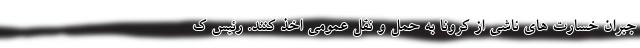
جبران خسارت های ناشی از کرونا به حمل و نقل عمومی اخذ کنند. رئیس ک